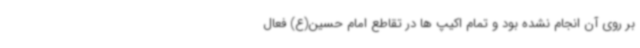
بر روی آن انجام نشده بود و تمام اکیپ ها در تقاطع امام حسین(ع) فعال